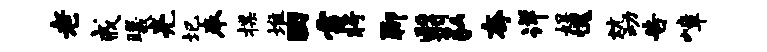
老戒曦亮圮奉揲堆田雷将聊翳弘夸详娱愧炕动告嶂